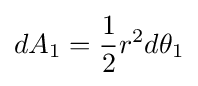
dA_{1}={\frac {1}{2}}r^{2}d\theta _{1}